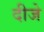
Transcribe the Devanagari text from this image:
दीजे